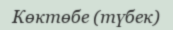
Көктөбе (түбек)